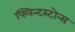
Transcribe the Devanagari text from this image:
फ्लिन्टस्टोन्स